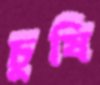
চুষি